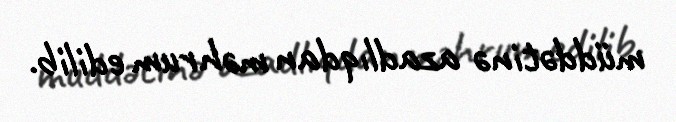
müddətinə azadlıqdan məhrum edilib.